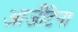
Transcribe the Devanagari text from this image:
आर्जेंटिना